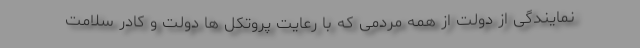
نمایندگی از دولت از همه مردمی که با رعایت پروتکل ها دولت و کادر سلامت